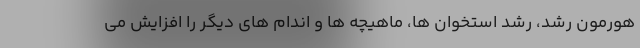
هورمون رشد، رشد استخوان ها، ماهیچه ها و اندام های دیگر را افزایش می